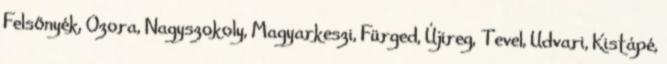
Felsőnyék, Ozora, Nagyszokoly, Magyarkeszi, Fürged, Újireg, Tevel, Udvari, Kistápé,